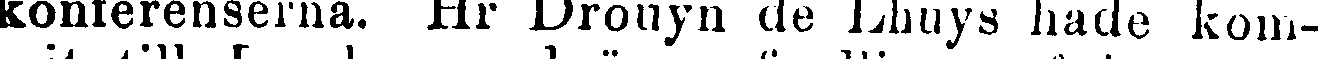
konferenserna. Hr Drouyn de Lhuys hade kom-